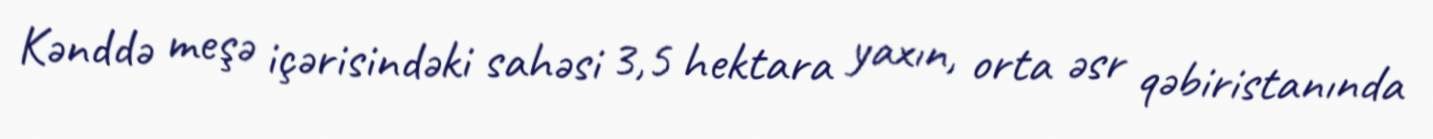
Kənddə meşə içərisindəki sahəsi 3,5 hektara yaxın, orta əsr qəbiristanında